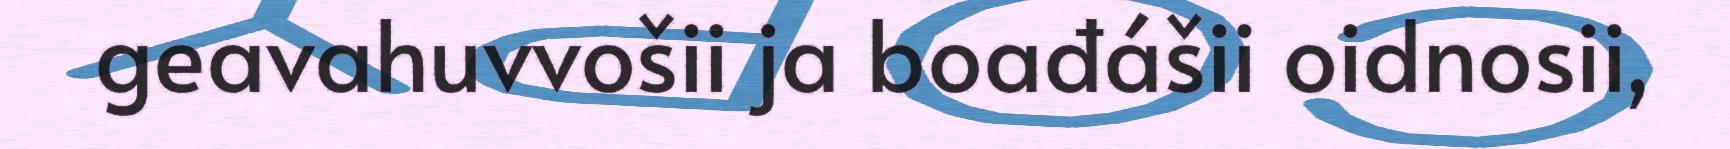
geavahuvvošii ja boađášii oidnosii,